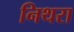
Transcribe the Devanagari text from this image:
निथरा